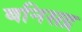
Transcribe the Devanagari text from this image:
बनिसद्र